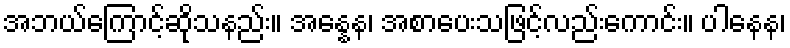
အဘယ်ကြောင့်ဆိုသနည်း။ အန္နေန၊ အစာပေးသဖြင့်လည်းကောင်း။ ပါနေန၊